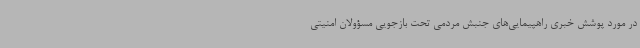
در مورد پوشش خبری راهپیمایی‌های جنبش مردمی تحت بازجویی مسؤولان امنیتی